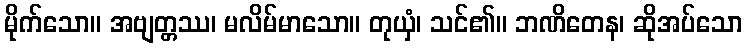
မိုက်သော။ အဗျတ္တဿ၊ မလိမ်မာသော။ တုယှံ၊ သင်၏။ ဘဏိတေန၊ ဆိုအပ်သော